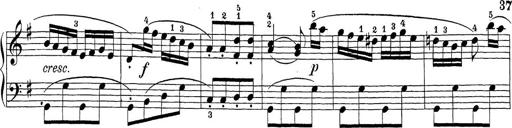
Title: Sonatina Album
Composer: Louis KÃ¶hler